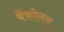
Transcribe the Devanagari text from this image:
बैकोलस